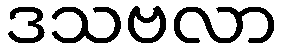
ဒသဗလာ